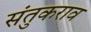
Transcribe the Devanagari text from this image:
संतुकराव